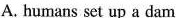
A. humans set up a dam